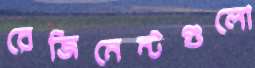
রেজিমেন্টগুলো